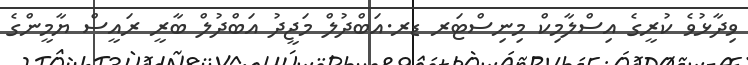
ވިދާޅުވެ ކުރީގެ އިސްލާމިކް މިނިސްޓަރ ޑރ.އަބްދުލް މަޖީދު އަބްދުލް ބާރީ ރައީސް ޔާމީންގެ